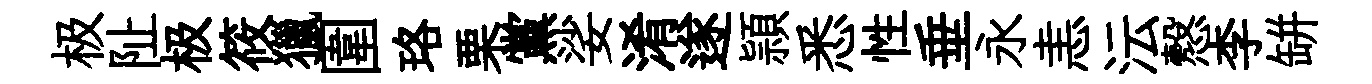
极阯极筱獵圍珞栗黨娑淆遂頴悉性垂永恚沄慤李缾